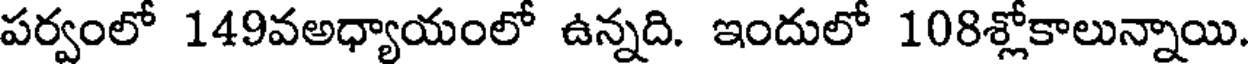
పర్వంలో 149వఅధ్యాయంలో ఉన్నది. ఇందులో 108శ్లోకాలున్నాయి.